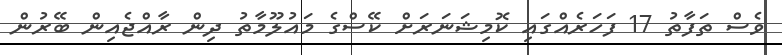
ވެސް ތަފާތު 17 ފަހަރެއްގައި ކޮމިޝަނަރަށް ކޭސްގެ މައުލޫމާތު ދިން ރާއްޖެއިން ބޭރުން